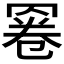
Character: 𱻄